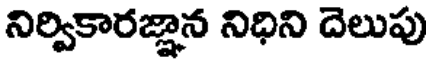
నిర్వికారజ్ఞాన నిధిని దెలుపు